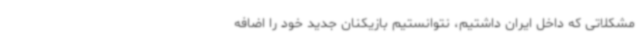
مشکلاتی که داخل ایران داشتیم، نتوانستیم بازیکنان جدید خود را اضافه